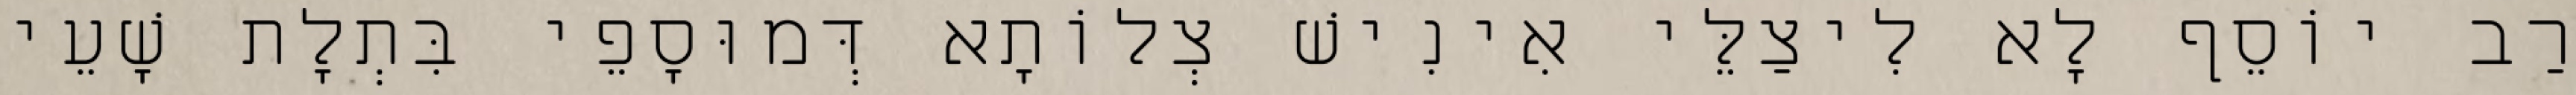
רַב יוֹסֵף לָא לִיצַלֵּי אִינִישׁ צְלוֹתָא דְּמוּסָפֵי בִּתְלָת שָׁעֵי